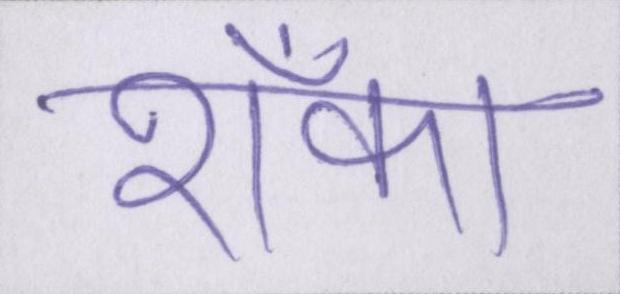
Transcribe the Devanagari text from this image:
शँका